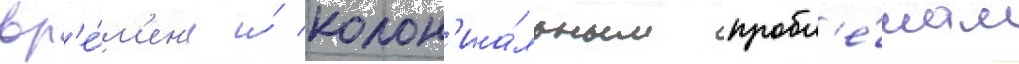
вр'е́м'ен'и и́ колон'иа́льным пробл'е́мам